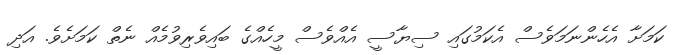
ކަމަށާ އެހެންނަމަވެސް އެކަމުގައި ސިޔާސީ އެއްވެސް މީހެއްގެ ބައިވެރިވުމެއް ނެތް ކަމަށެވެ. އަދި